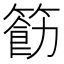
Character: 𮅲